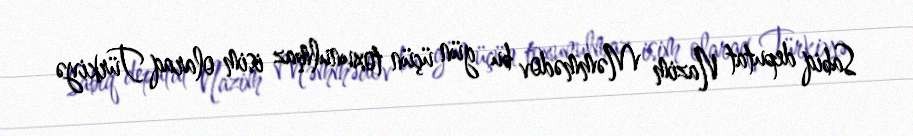
Sabiq deputat Nazim Məmmədov bu gün üçün toxunulmaz isim olaraq Türkiyə